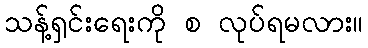
သန့်ရှင်းရေးကို စ လုပ်ရမလား။